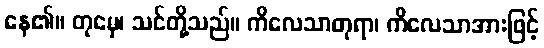
နေ၏။ တုမှေ၊ သင်တို့သည်။ ကိလေသာတုရာ၊ ကိလေသာအားဖြင့်